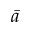
\bar { a }